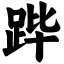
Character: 跸